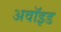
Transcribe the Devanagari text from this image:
अवॉइड